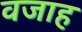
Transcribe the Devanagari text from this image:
वजाह